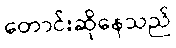
တောင်းဆိုနေသည်